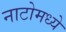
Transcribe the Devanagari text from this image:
नाटोमध्ये